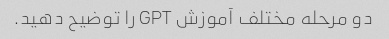
دو مرحله مختلف آموزش GPT را توضیح دهید.